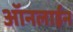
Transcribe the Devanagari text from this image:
आॅनलाईन